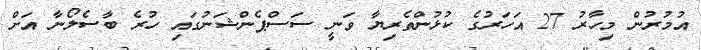
އުމުރުން މިހާރު 27 އަހަރުގެ ކުޅުންތެރިޔާ ވަނީ ސަސްޕެންޝަނުގައި ހުރެ ބާސެލޯނާ އަށް